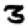
Digit: 3